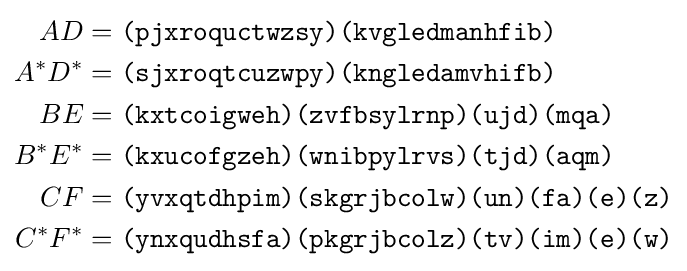
{\begin{aligned}AD&={\texttt {(pjxroquctwzsy)(kvgledmanhfib)}}\\A^{*}D^{*}&={\texttt {(sjxroqtcuzwpy)(kngledamvhifb)}}\\BE&={\texttt {(kxtcoigweh)(zvfbsylrnp)(ujd)(mqa)}}\\B^{*}E^{*}&={\texttt {(kxucofgzeh)(wnibpylrvs)(tjd)(aqm)}}\\CF&={\texttt {(yvxqtdhpim)(skgrjbcolw)(un)(fa)(e)(z)}}\\C^{*}F^{*}&={\texttt {(ynxqudhsfa)(pkgrjbcolz)(tv)(im)(e)(w)}}\\\end{aligned}}